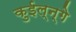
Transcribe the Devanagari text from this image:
कुईल्न्गे